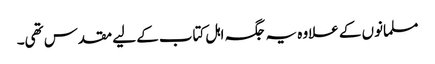
مسلمانوں کے علاوہ یہ جگہ اہل کتاب کے لیے مقدس تھی۔